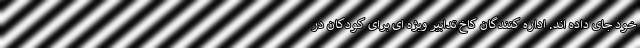
خود جای داده اند. اداره کنندگان کاخ تدابیر ویژه ای برای کودکان در